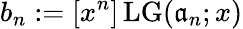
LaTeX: b_{n}:=[x^{n}]\operatorname{LG}(\mathfrak{a}_{n};x)